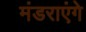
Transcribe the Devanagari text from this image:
मंडराएंगे